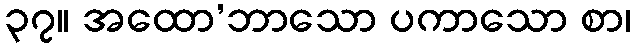
၃၇။ အထော’ဘာသော ပကာသော စာ၊